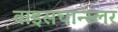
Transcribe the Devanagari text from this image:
वाइसचान्स्लर